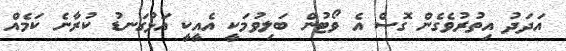
އަދަދު އިތުރުވެގެން ގޮސް އެ ވޯޓުން ބަލިވުމަކީ އެއީކީ އަޅުގަނޑު ކުރާނެ ކަމެއް